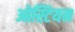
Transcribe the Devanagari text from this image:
ओस्टियन